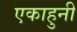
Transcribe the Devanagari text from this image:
एकाहुनी